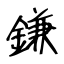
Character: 鎌